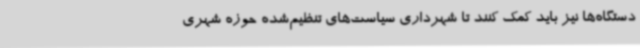
دستگاه‌ها نیز باید کمک کنند تا شهرداری سیاست‌های تنظیم‌شده حوزه شهری